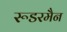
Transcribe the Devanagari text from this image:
रूडरमैन